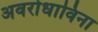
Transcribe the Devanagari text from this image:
अवरोधाविना